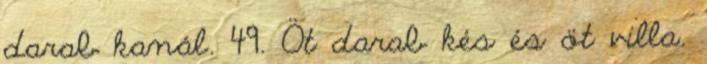
darab kanál. 49. Öt darab kés és öt villa.